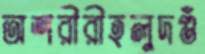
অশরীরীহলুদগুঁ